Newspaper: The Lake Charles echo. [volume]
Place of publication: Lake Charles, Parish of Calcasieu, La.
Publisher: J.W. Bryan
Date: 1880-10-30 00:00:00
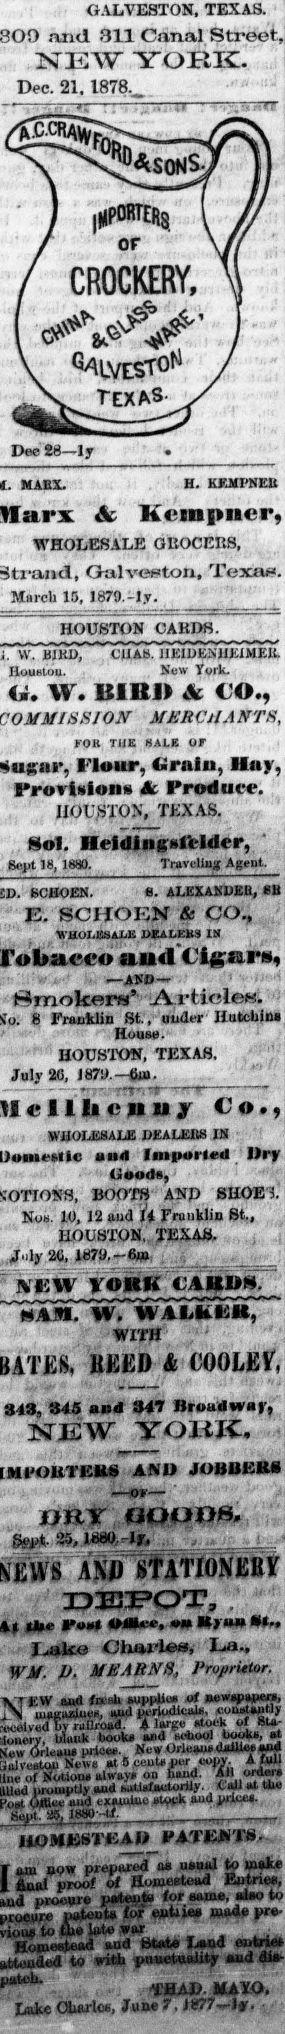
Advertisement text (OCR):
GALVESTON. TEXAS. and 311 Canal Street, NEW Y ORK. Dec. 21. 1878. /i.C.CRAtyp IKPORÎERS I or CROCKERY, /// 80* ^ ^LVESt 0 ^ Texas Dec 28—ly MARX. H. KFJU'NEB & Kcmpner, WHOLESALE GROCERS, Galve«ton, Texas. March 15, 1879,-Iy. HOUSTON CARDS. W. BJKD, (JUAB. UE1DENHEIMEK. Houston. New York. G. W. BIB» & CO., ON MBB CtlA NTS, KOK THE HALE OF Flour, Cirniu, Hoy, Provision» à Produre. HOUSTON, TEXAS. Hol. Heidingdïlder, Sept 18, 1H80. Traveling Agent. BCBOEN. «. ALEXANDER, SU E. SCHOEN Se CO., WHOLESALE DEALEBS IS aud Cift Mi*», —AN»— Smokers' Article«. 8 Franklin St., under Hutchin* House. HOUSTON, TEXAS. July 2(i, J 879.—6w. c Ilia c h il F Co., WHOLESALE DEALEHS IN and Imported Dry Goods, BOOTS AND SHOE! Nos. 10, 12 aud H Frunklin St., HOUSTON, TEXAS. Joly 20, 1870.-6» JVUW FORK LABII 8 NAM. W. WAMiüK, WITH KKËD & COOLER 313, 345 and 347 Broadway, NEWJOliK, an» jobbers -OF— JQHIY ÖOOÖ8. gept. 25, 1880 I fc ASf> STATIONERY DEPOT, 7 Use Cost 4M»CC, on *»»» »*•> I^ake C'iiari©«, La., WM. J). MEARNS, Proprietor. N EW aud fa-ehTTplf«», of Bewspimer., uuiguaiuei!, and periodical», conrtsntly by rulb'oad. A large stock of Sta blank books and w*oo! books, th Orleaue price». New Oricau» ilaihe» sad Neue at B cents per copy. A füll of Notions always on inmd. AH orders promptly aud satlsfactorUy. Cidi at the Cbttce and examine stock »od prices. 2$i I880'"l-i- t ____ .—. lUOMESTE A» HATEItTN ■ T am OOW prepared as usual to m*ke I ftuat proof of Homestead Entries, procure pwterit" lor same, also to patenta for ejutues wade pre V Xm^totd l and"ötate Laud eatomes to with punctuality and dis iM * tclu TBAD. MAYO. lake Okarlos, June S', 1877—Iy.
Label: illustrations